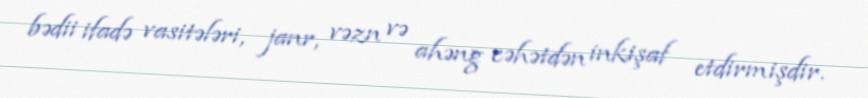
bədii ifadə vasitələri, janr, vəzn və ahəng cəhətdən inkişaf etdirmişdir.